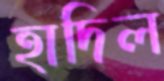
হাদিল